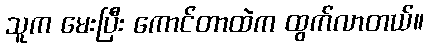
သူက မေးပြီး ကောင်တာထဲက ထွက်လာတယ်။